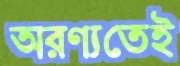
অরণ্যতেই